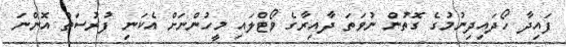
ފައިދާ ހޯދައިދިނުމުގެ ގޮތުން ނުވަތަ ދާއިރާގެ ވޯޓްލައި މީހުންނަށް އެކަނި ފުރުސަތު އޮންނަ